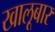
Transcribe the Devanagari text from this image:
खालूबार